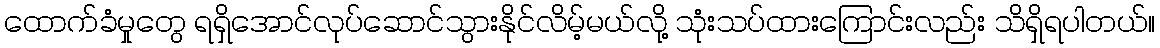
ထောက်ခံမှုတွေ ရရှိအောင်လုပ်ဆောင်သွားနိုင်လိမ့်မယ်လို့ သုံးသပ်ထားကြောင်းလည်း သိရှိရပါတယ်။